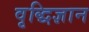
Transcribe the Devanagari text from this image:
वृद्धिज्ञान